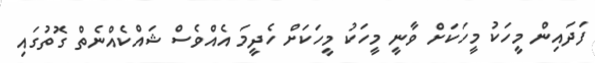
ފަދައިން މީހަކު މީހަކަށް ވާނީ މީހަކު މީހަކަށް ހެދީމަ އެއްވެސް ޝައްކެއްނެތް ގޮތުގައި